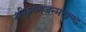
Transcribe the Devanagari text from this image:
श्रीकृष्णजन्मखण्ड